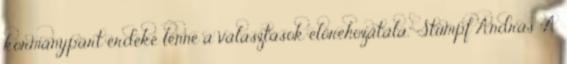
kormánypárt érdeke lenne a választások előrehozatala." Stumpf András "A